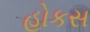
હોકસ